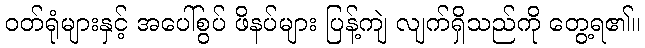
ဝတ်ရုံများနှင့် အပေါ်စွပ် ဖိနပ်များ ပြန့်ကျဲ လျက်ရှိသည်ကို တွေ့ရ၏။